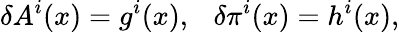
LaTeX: \delta A^{i}(x)=g^{i}(x),\ \ \ \delta\pi^{i}(x)=h^{i}(x),